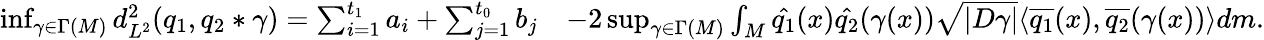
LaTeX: \begin{array}{rl}{\operatorname*{inf}_{\gamma\in\Gamma(M)}d_{L^{2}}^{2}(q_{1},q_{2}*\gamma)=\sum_{i=1}^{t_{1}}a_{i}+\sum_{j=1}^{t_{0}}b_{j}}&{-2\operatorname*{sup}_{\gamma\in\Gamma(M)}\int_{M}\hat{q_{1}}(x)\hat{q_{2}}(\gamma(x))\sqrt{|D\gamma|}\langle\overline{{q_{1}}}(x),\overline{{q_{2}}}(\gamma(x))\rangle dm.}\end{array}